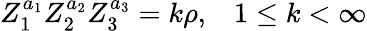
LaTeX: Z_{1}^{a_{1}}Z_{2}^{a_{2}}Z_{3}^{a_{3}}=k\rho,\; \; \; 1\leq k<\infty